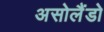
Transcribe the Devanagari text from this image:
असोलैंडो